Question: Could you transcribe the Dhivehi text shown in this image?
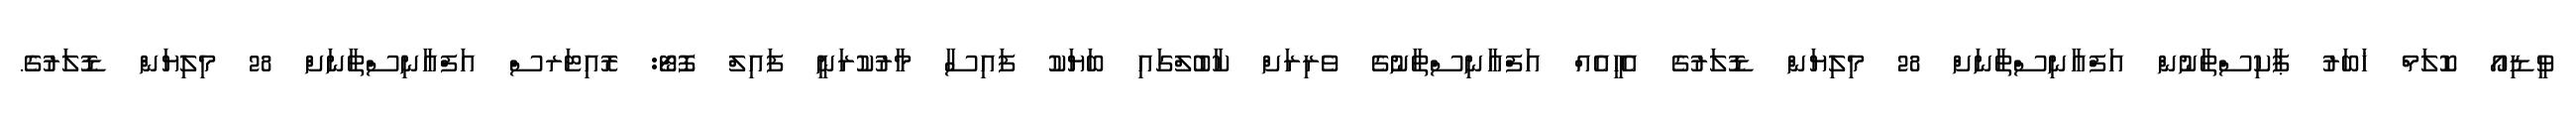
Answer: ވީޑިއޯ ކޮލަމް ޚަބަރު ޕާކިސްތާނުން އަފްޣާނިސްތާނަށް 28 މިލިޔަން ޑޮލަރުގެ އެހީއެއް އަފްޣާނިސްތާނުގެ ވެރިރަށް ކާބުލްގައި ބަޔަކު ފައިސާ މާރުކުރަނީ ފައިލް ފޮޓޯ: ރޮއިޓަރސް އަފްޣާނިސްތާނަށް 28 މިލިޔަން ޑޮލަރުގެ.